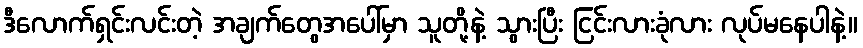
ဒီလောက်ရှင်းလင်းတဲ့ အချက်တွေအပေါ်မှာ သူတို့နဲ့ သွားပြီး ငြင်းလားခုံလား လုပ်မနေပါနဲ့။